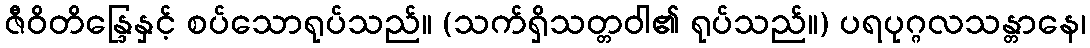
ဇီဝိတိန္ဒြေနှင့် စပ်သောရုပ်သည်။ (သက်ရှိသတ္တဝါ၏ ရုပ်သည်။) ပရပုဂ္ဂလသန္တာနေ၊